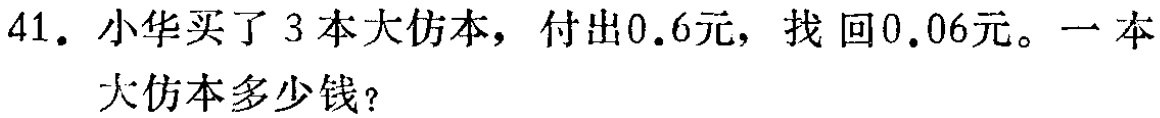
41. 小华买了 3 本大仿本，付出0.6元，找回0.06元。一本

大仿本多少钱？